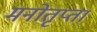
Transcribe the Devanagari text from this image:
मनोतृप्ता